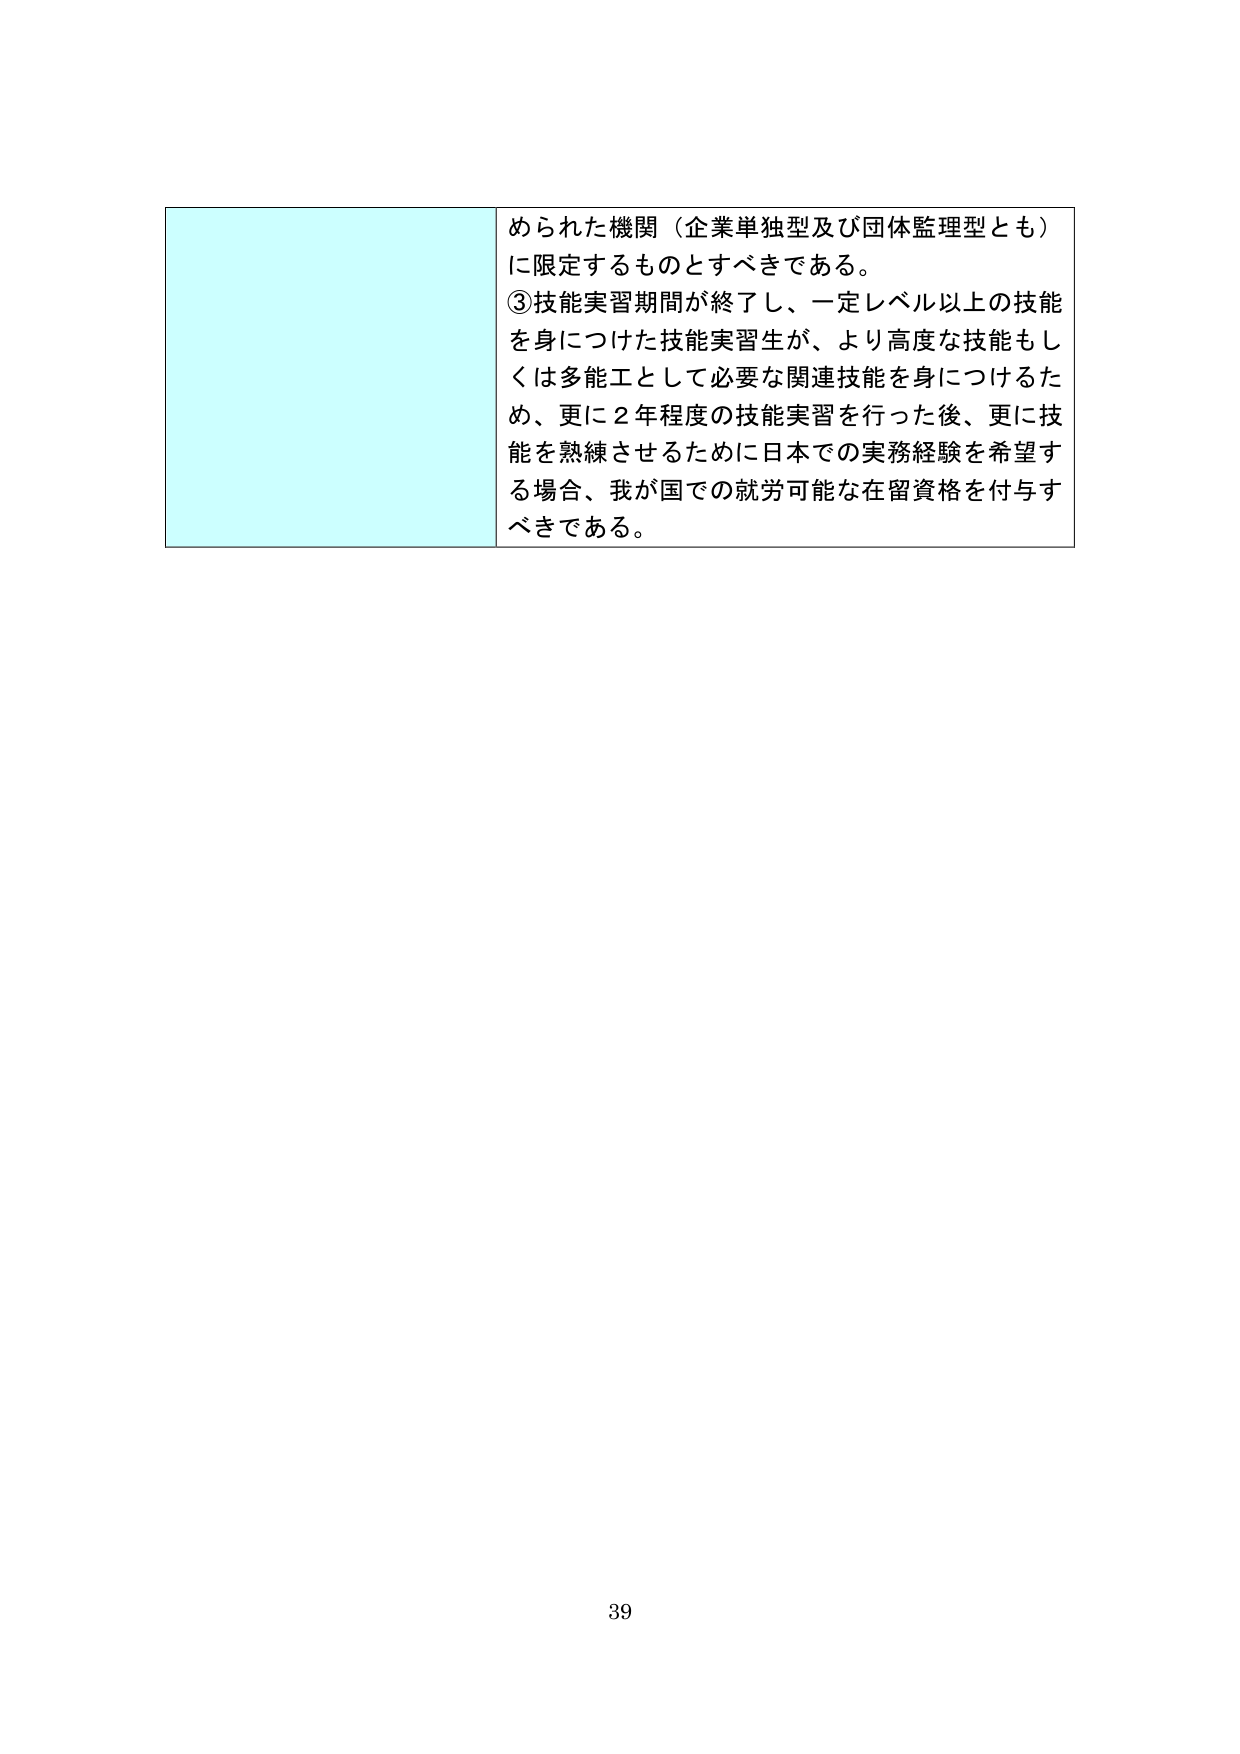
められた機関（企業単独型及び団体監理型とも）
に限定するものとすべきである。
③技能実習期間が終了し、一定レベル以上の技能
を身につけた技能実習生が、より高度な技能もし
くは多能工として必要な関連技能を身につけるた
め、更に２年程度の技能実習を行った後、更に技
能を熟練させるために日本での実務経験を希望す
る場合、我が国での就労可能な在留資格を付与す
べきである。

39